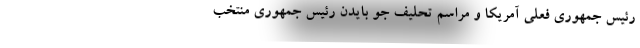
رئیس جمهوری فعلی آمریکا و مراسم تحلیف جو بایدن رئیس جمهوری منتخب